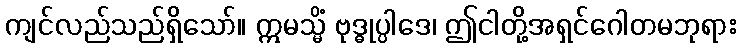
ကျင်လည်သည်ရှိသော်။ ဣမသ္မိံ ဗုဒ္ဓုပ္ပါဒေ၊ ဤငါတို့အရှင်ဂေါတမဘုရား